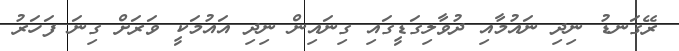
ރޭގަނޑު ނިދި ނައުމާއި ދުވާލިގަޑީގައި ގިނައިން ނިދި އައުމަކީ ވަރަށް ގިނަ ފަހަރު